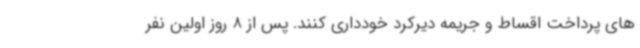
های پرداخت اقساط و جریمه دیرکرد خودداری کنند. پس از 8 روز اولین نفر